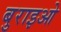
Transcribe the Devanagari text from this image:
बुराइओ